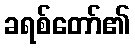
ခရစ်တော်၏